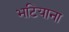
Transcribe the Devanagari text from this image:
भटियाना